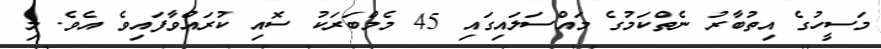
މަސީހުގެ އިތުބާރު ނެތްކަމުގެ މައްސަލައިގައި 45 މެމްބަރަކު ސޮއި ކުރައްވާފައިވެ އެވެ. މި